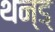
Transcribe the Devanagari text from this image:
थन्ड्